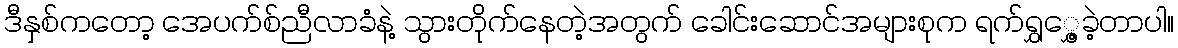
ဒီနှစ်ကတော့ အေပက်စ်ညီလာခံနဲ့ သွားတိုက်နေတဲ့အတွက် ခေါင်းဆောင်အများစုက ရက်ရွှွှေ့ခဲ့တာပါ။